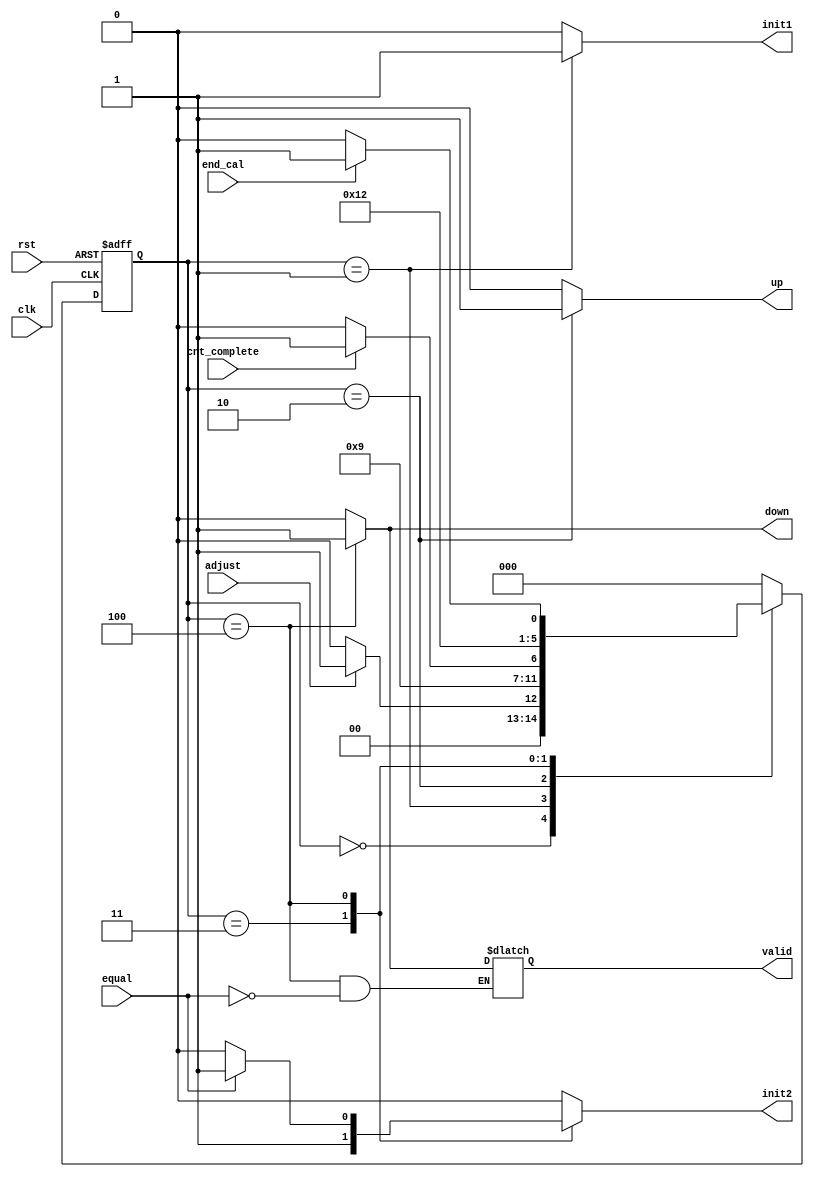
`timescale 1ns/1ns 
module fer_mul_cntrl(input clk, rst, adjust, cnt_complete, equal, end_cal, output reg valid, init1, init2, up, down);

reg[2:0] ps,ns;
parameter idle = 3'b000 , init  = 3'b001, 
	  count = 3'b010, initt2 = 3'b011,
	  count_down = 3'b100, endd = 3'b101; 



always@(ps, adjust, equal, cnt_complete)begin
	ns <= idle;
	case(ps)
		(idle): ns <= adjust ? init : idle ;
		(init): ns <= count;
		(count): ns <= cnt_complete ? initt2 : count;	
		(initt2): ns <= count_down;
		(count_down): ns <= end_cal ? endd : count_down; 
		(endd): ns <= idle;
	endcase
end

always@(ps, equal, adjust, cnt_complete) begin
	{up, init1,init2,down, valid} <= 0;
	case(ps)
		(init):   init1 <= 1'b1; 
		(count):  up <= 1'b1; 
		(initt2): init2 <= 1'b1; 
		(count_down): 
		begin
			down <= 1'b1;
			init2 <= equal ? 1'b1 : 1'b0;
			valid <= equal ? 1'b1 : valid;
		end
	endcase
end

always@(posedge clk, posedge rst)begin
	if(rst)
		ps <= 3'b000;
	else
		ps <= ns;
end

endmodule